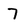
Character: 7